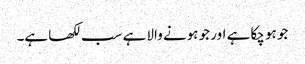
جو ہو چکا ہے اور جو ہونے والا ہے سب لکھا ہے۔